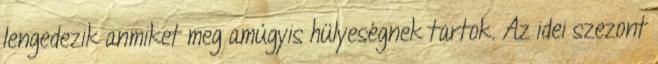
lengedezik anmiket meg amúgyis hülyeségnek tartok. Az idei szezont